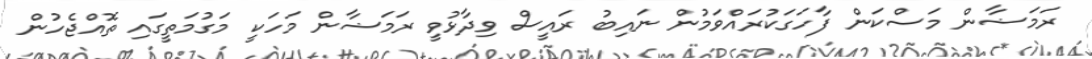
ރަމަޟާން މަސްކަން ފާހަގަކުރައްވަމުން ނައިބު ރައީސް ވިދާޅުވީ ރަމަޟާން މަހަކީ މަގުމަތީގައި ތޮއްޖެހުން